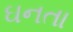
ઘનતા